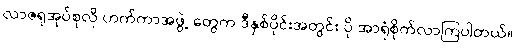
လာဇရုအုပ်စုလို ဟက်ကာအဖွဲ့ တွေက ဒီနှစ်ပိုင်းအတွင်း ပို အာရုံစိုက်လာကြပါတယ်။